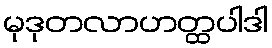
မုဒုတလာဟတ္ထပါဒါ